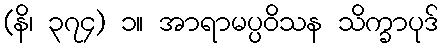
(နိ၊ ၃၇၄) ၁။ အာရာမပ္ပဝိသန သိက္ခာပုဒ်